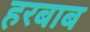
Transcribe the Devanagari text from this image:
हरबाब